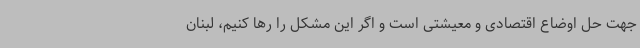
جهت حل اوضاع اقتصادی و معیشتی است و اگر این مشکل را رها کنیم، لبنان